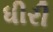
ધીરી